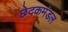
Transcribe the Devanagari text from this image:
छेदकमंडल